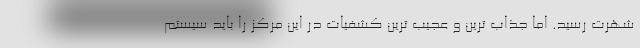
شهرت رسید. اما جذاب ترین و عجیب ترین کشفیات در این مرکز را باید سیستم